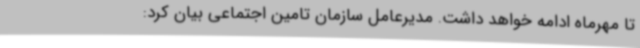
تا مهرماه ادامه خواهد داشت. مدیرعامل سازمان تامین اجتماعی بیان کرد: